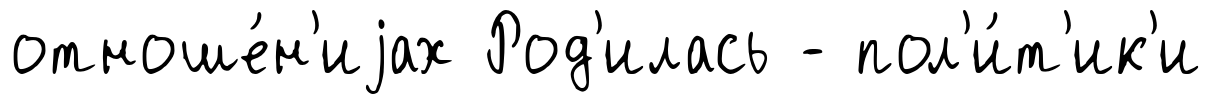
отноше́н'иjах Род'илась - пол'и́т'ик'и